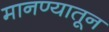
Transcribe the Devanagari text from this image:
मानण्यातून